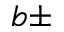
b \pm